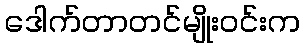
ဒေါက်တာတင်မျိုးဝင်းက